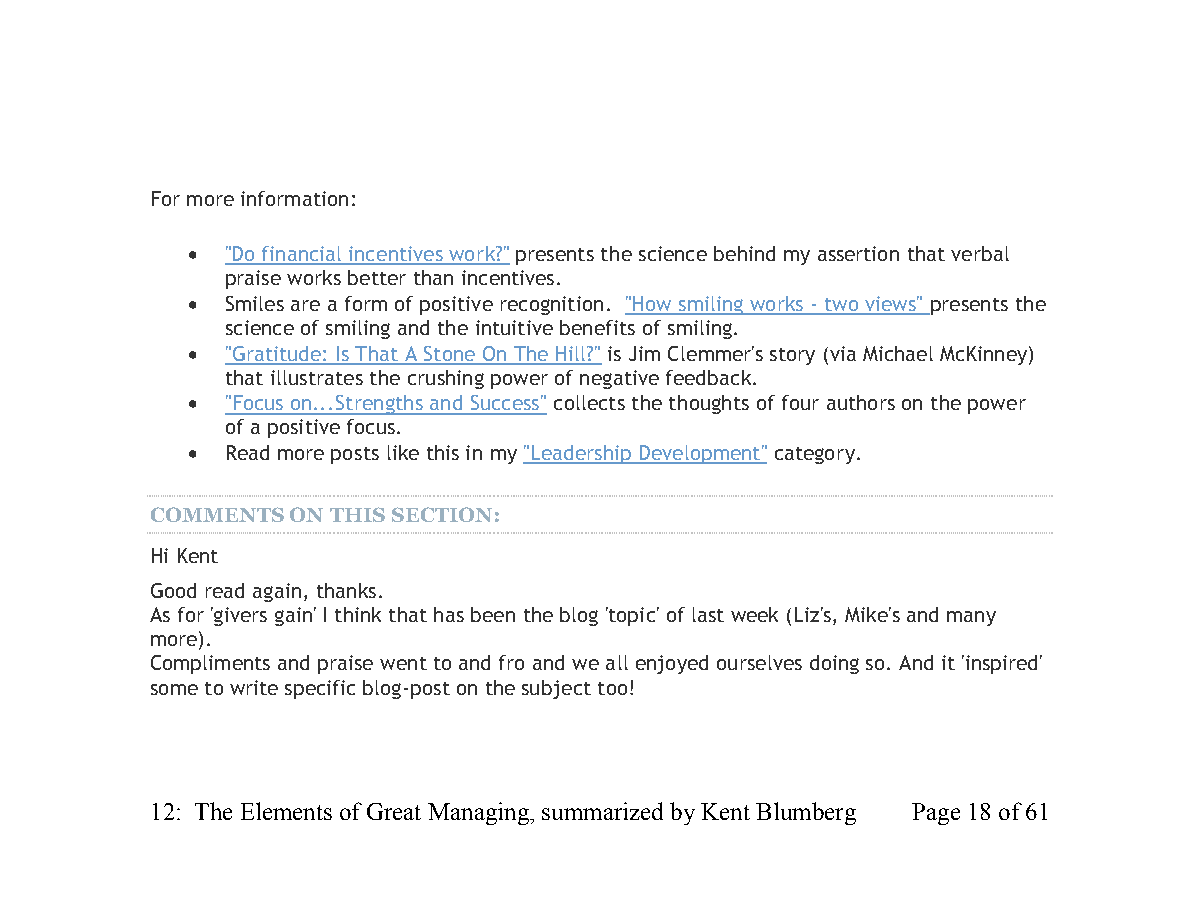
For more information:
   "Do financial incentives work?" presents the science behind my assertion that verbal
 praise works better than incentives.
   Smiles are a form of positive recognition. "How smiling works - two views" presents the
 science of smiling and the intuitive benefits of smiling.
   "Gratitude: Is That A Stone On The Hill?" is Jim Clemmer's story (via Michael McKinney)
 that illustrates the crushing power of negative feedback.
   "Focus on...Strengths and Success" collects the thoughts of four authors on the power
 of a positive focus.
   Read more posts like this in my "Leadership Development" category.
 COMMENTS ON THIS SECTION:
 Hi Kent
 Good read again, thanks.
 As for 'givers gain' I think that has been the blog 'topic' of last week (Liz's, Mike's and many
 more).
 Compliments and praise went to and fro and we all enjoyed ourselves doing so. And it 'inspired'
 some to write specific blog-post on the subject too!
 12: The Elements of Great Managing, summarized by Kent Blumberg Page 18 of 61